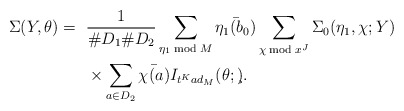
\begin{align*}\Sigma(Y,\theta)=~&\frac{1}{\#D_1\#D_2}\sum_{\eta_1\bmod{M}}\bar{\eta_1(b_0)}\sum_{\chi \bmod{x^J}}\Sigma_0(\eta_1,\chi;Y)\\&\times\sum_{a\in D_2}\bar{\chi(a)}I_{t^Kad_M}(\theta;\c).\end{align*}